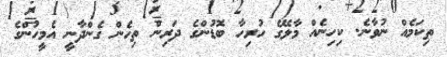
ތިކަމެއް ނުވާނެ. ކިހިނެއް މާލޭގެ ހުރިހާ ބޮޑުންގެ ދަރިން ތިހެން ގެންދާނީ އެމީހުންގެ